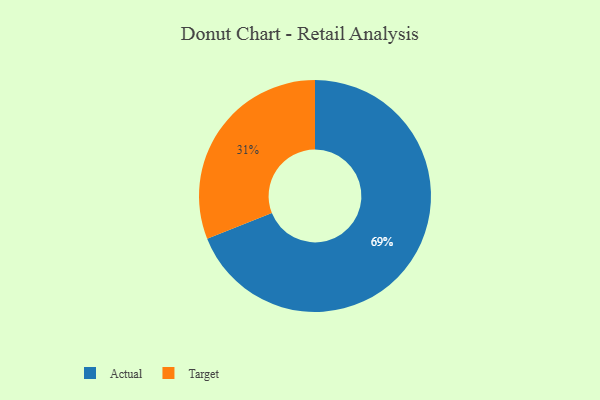
{"axis": {"x": "Category", "y": "Percentage"}, "legend": ["Actual", "Target"], "data": [{"x": "Target", "y": 31, "type": "Target"}, {"x": "Actual", "y": 69, "type": "Actual"}]}